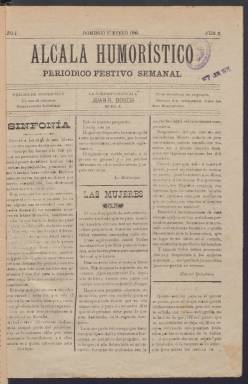
Título: Alcalá humorístico
Colección: Periódicos
Ámbito geográfico: Castellón
Lugar de publicación: Alcalá de Chivert (Castellón)
Fechas: 27/01/1895-17/02/1895